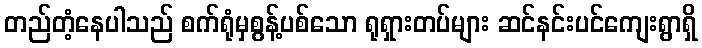
တည်တံ့နေပါသည် စက်ရုံမှစွန့်ပစ်သော ရုရှားတပ်များ ဆင်နင်းပင်ကျေးရွာရှိ